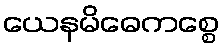
ယေနမိဓေကစ္စေ